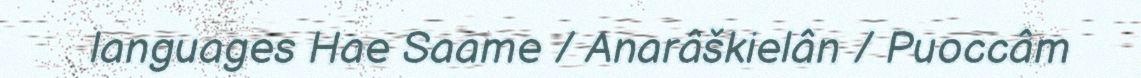
languages Hae Saame / Anarâškielân / Puoccâm